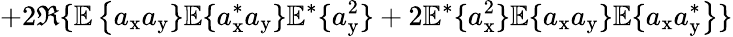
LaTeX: +2\Re\{ \mathbb{E}\left\{ a_{\mathrm{x}}a_{\mathrm{y}}\} \mathbb{E}\{ a_{\mathrm{x}}^{*}a_{\mathrm{y}}\} \mathbb{E}^{*}\{ a_{\mathrm{y}}^{2}\} +2\mathbb{E}^{*}\{ a_{\mathrm{x}}^{2}\} \mathbb{E}\{ a_{\mathrm{x}}a_{\mathrm{y}}\} \mathbb{E}\{ a_{\mathrm{x}}a_{\mathrm{y}}^{*}\right\} \}